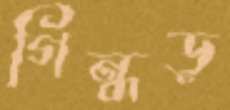
গিন্ধড়